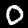
Label: 0